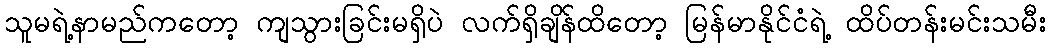
သူမရဲ့နာမည်ကတော့ ကျသွားခြင်းမရှိပဲ လက်ရှိချိန်ထိတော့ မြန်မာနိုင်ငံရဲ့ ထိပ်တန်းမင်းသမီး